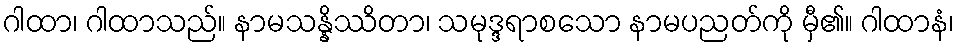
ဂါထာ၊ ဂါထာသည်။ နာမသန္နိဿိတာ၊ သမုဒ္ဒရာစသော နာမပညတ်ကို မှီ၏။ ဂါထာနံ၊